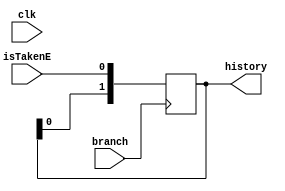
module global_reg( input clk, isTakenE, branch,
	output [1:0] history);

reg [1:0] tempHist;
initial begin 
	tempHist = 2'b0;
end

//This is the shift reg for the global 2-level branch predictor. It is two bits long. The shift reg will be fed back to the datapath.
//It is updated at every branch instruction, and happens whether or not the branch is a hit or miss

assign history = tempHist;
always@(posedge branch) begin
	tempHist[1] = tempHist[0];
	tempHist[0] = isTakenE;
end
endmodule